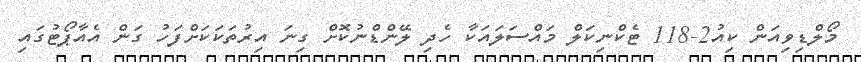
މޯލްޑިވިއަން ކިއު2-118 ޓެކްނިކަލް މައްސަލައަކާ ހެދި ލޭންޑްނުކޮށް ގިނަ އިރުތަކަކަށްފަހު ގަން އެއާޕޯޓުގައި